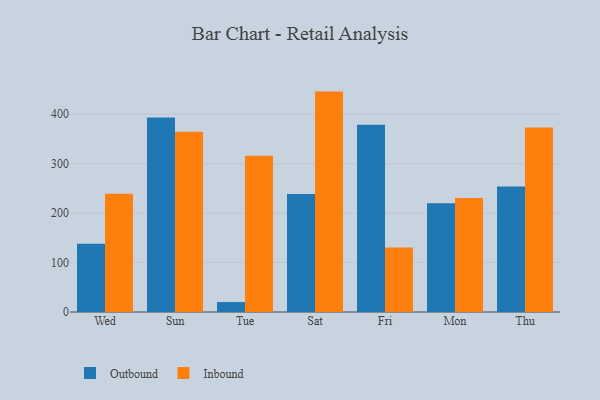
{"axis": {"x": "Day", "y": "Conversion Rate (%)"}, "legend": ["Inbound", "Outbound"], "data": [{"x": "Wed", "y": 137.8, "type": "Outbound"}, {"x": "Wed", "y": 239.2, "type": "Inbound"}, {"x": "Sun", "y": 393.4, "type": "Outbound"}, {"x": "Sun", "y": 364.6, "type": "Inbound"}, {"x": "Tue", "y": 20.1, "type": "Outbound"}, {"x": "Tue", "y": 316.0, "type": "Inbound"}, {"x": "Sat", "y": 238.6, "type": "Outbound"}, {"x": "Sat", "y": 445.7, "type": "Inbound"}, {"x": "Fri", "y": 378.9, "type": "Outbound"}, {"x": "Fri", "y": 130.5, "type": "Inbound"}, {"x": "Mon", "y": 220.0, "type": "Outbound"}, {"x": "Mon", "y": 230.7, "type": "Inbound"}, {"x": "Thu", "y": 253.9, "type": "Outbound"}, {"x": "Thu", "y": 373.0, "type": "Inbound"}]}